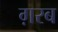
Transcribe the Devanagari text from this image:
ग़रब